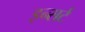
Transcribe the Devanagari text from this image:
इन्सर्ट